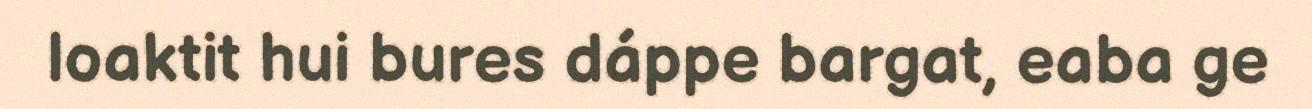
loaktit hui bures dáppe bargat, eaba ge